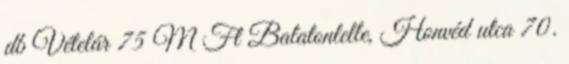
db Vételár 75 M Ft Balatonlelle, Honvéd utca 70.